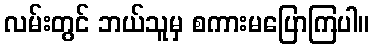
လမ်းတွင် ဘယ်သူမှ စကားမပြောကြပါ။